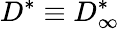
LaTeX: D^{*}\equiv D_{\infty}^{*}